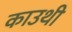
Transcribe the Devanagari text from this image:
काउथी